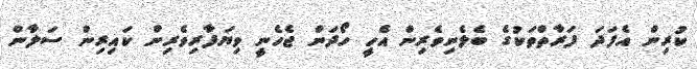
ކުރިން އެފަދަ ފަރާތްތަކުގެ ބެލެނިވެރިން އެހީ ހޯދަން ޖެހެނީ ވިޔަފާރިވެރިން ކައިރިން ސަލާން